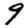
Digit: 9